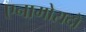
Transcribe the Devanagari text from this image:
एनामोरादो